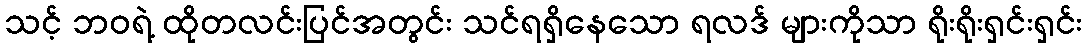
သင့် ဘဝရဲ့ ထိုတလင်းပြင်အတွင်း သင်ရရှိနေသော ရလဒ် များကိုသာ ရိုးရိုးရှင်းရှင်း